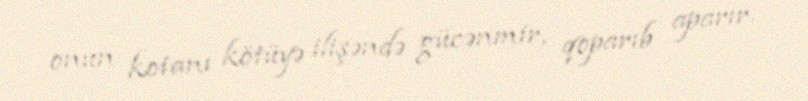
onun kotanı kötüyə ilişəndə gücənmir, qoparıb aparır.